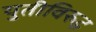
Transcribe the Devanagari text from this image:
युतीविरुद्ध